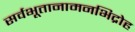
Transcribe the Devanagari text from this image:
सर्वभूतानामनभिद्रोह